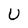
Character: U